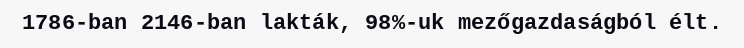
1786-ban 2146-ban lakták, 98%-uk mezőgazdaságból élt.